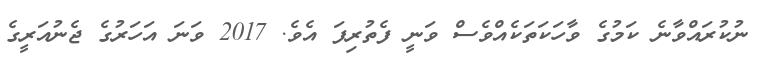
ނުކުރައްވާނެ ކަމުގެ ވާހަކަތަކެއްވެސް ވަނީ ފެތުރިފަ އެވެ. 2017 ވަނަ އަހަރުގެ ޖެނުއަރީގެ